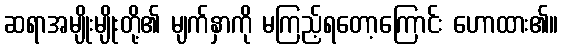
ဆရာအမျိုးမျိုးတို့၏ မျက်နှာကို မကြည့်ရတော့ကြောင်း ဟောထား၏။